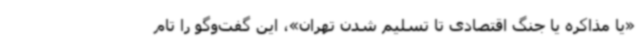
«یا مذاکره یا جنگ اقتصادی تا تسلیم شدن تهران»، این گفت‌وگو را تام